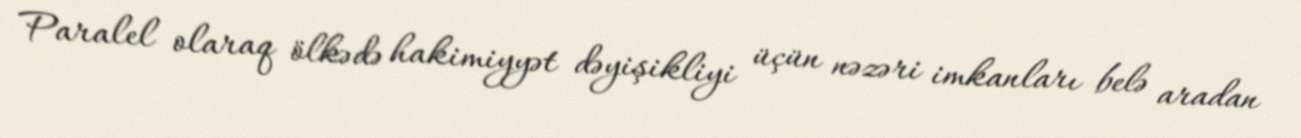
Paralel olaraq ölkədə hakimiyyət dəyişikliyi üçün nəzəri imkanları belə aradan